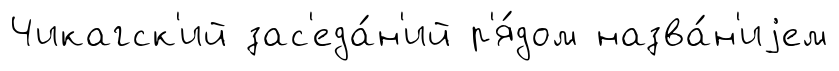
Чикагск'ий зас'еда́н'ий р'я́дом назва́н'иjем